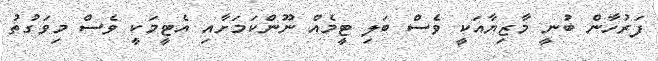
ފަރުހާން ބުނީ މާޒިޔާއަކީ ވެސް ބަލި ޓީމެއް ނޫންކަމަށާއި އެޓީމަކީ ވެސް މިވަގުތު